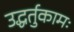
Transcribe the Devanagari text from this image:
उद्धर्तुकामः